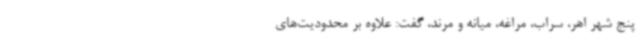
پنج شهر اهر، سراب، مراغه، میانه و مرند، گفت: علاوه بر محدودیت‌های